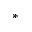
^ *